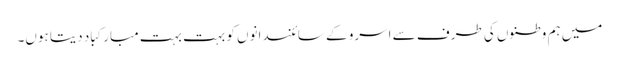
میں ہم وطنوں کی طرف سے اسرو کے سائنسدانوں کو بہت بہت مبارکباد دیتا ہوں۔